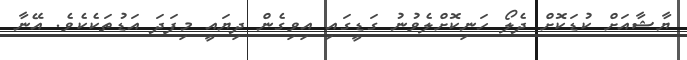
ޔާޝާއަށް ކުޑަކޮށް ދެލޯ ހަނިކޮށްލެވުނު ގަޑީގައި އިވިގެން ދިޔައީ މިފަދަ އަޑުތަކެކެވެ. އޭނާ